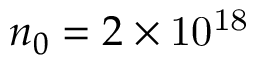
n _ { 0 } = 2 \times \mathrm { 1 0 ^ { 1 8 } }